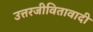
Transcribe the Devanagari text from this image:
उत्तरजीवितावादी